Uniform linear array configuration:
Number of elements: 24
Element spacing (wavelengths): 0.5
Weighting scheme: binomial
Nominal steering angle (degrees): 0
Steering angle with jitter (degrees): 1.134
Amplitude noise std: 0.05
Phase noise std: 0.05

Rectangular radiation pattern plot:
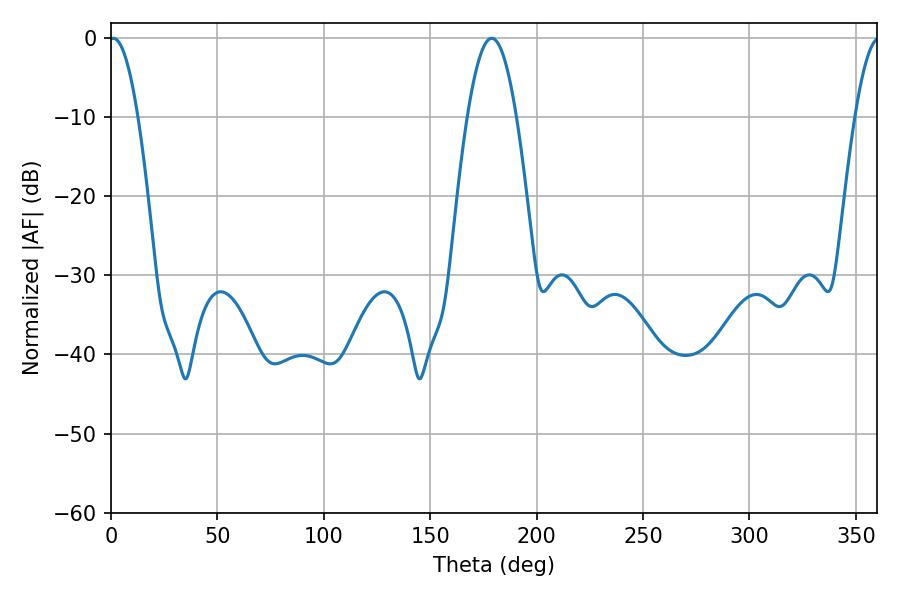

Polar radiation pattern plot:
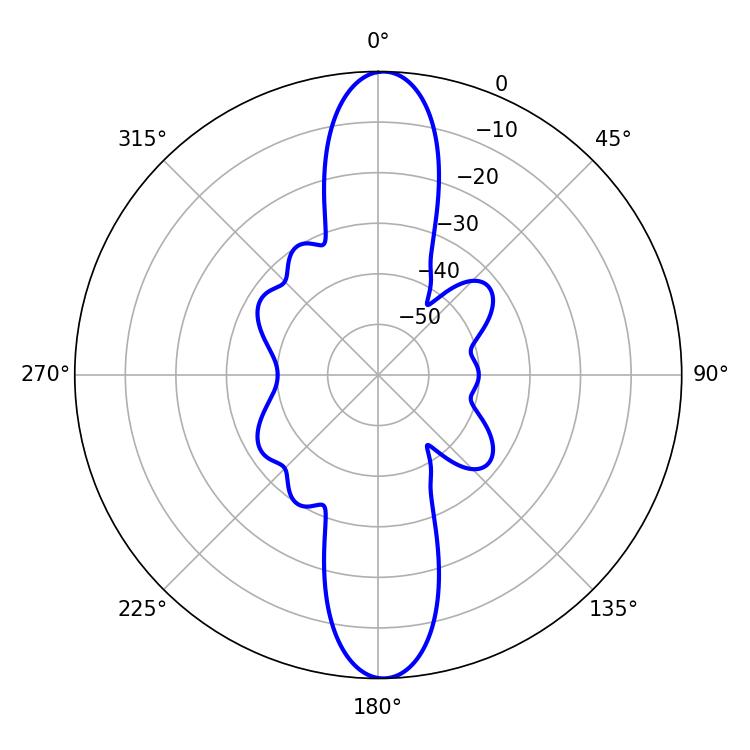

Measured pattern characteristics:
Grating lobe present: FALSE
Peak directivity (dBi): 23.73
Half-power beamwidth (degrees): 7.38
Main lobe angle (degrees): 1.08